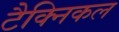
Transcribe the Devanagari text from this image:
टैक्निकल